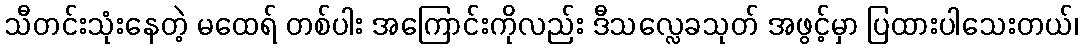
သီတင်းသုံးနေတဲ့ မထေရ် တစ်ပါး အကြောင်းကိုလည်း ဒီသလ္လေခသုတ် အဖွင့်မှာ ပြထားပါသေးတယ်၊